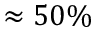
\approx 5 0 \%